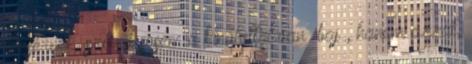
dicsérnek. szóval sosem a kínálattal van “baj”, hanem azzal,